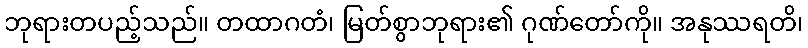
ဘုရားတပည့်သည်။ တထာဂတံ၊ မြတ်စွာဘုရား၏ ဂုဏ်တော်ကို။ အနုဿရတိ၊